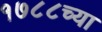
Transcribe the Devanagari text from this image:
१७८८च्या